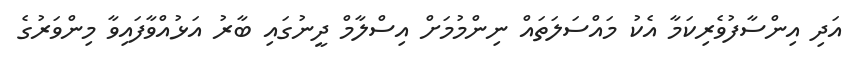
އަދި އިންސާފުވެރިކަމާ އެކު މައްސަލަތައް ނިންމުމަށް އިސްލާމް ދީނުގައި ބާރު އަޅުއްވާފައިވާ މިންވަރުގެ